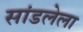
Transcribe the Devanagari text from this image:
सांडलेला